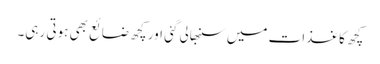
کچھ کاغذات میں سنبھالی گئی اور کچھ ضائع بھی ہوتی رہی۔